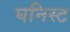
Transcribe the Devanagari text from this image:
घनिस्ट